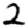
Digit: 2